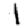
Digit: 1